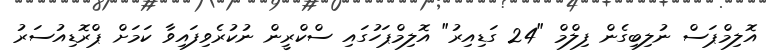
އޮލިމްޕަސް ނުލިބިގެން ފިލްމް "24 ގަޑިއިރު" އޮލިމްޕަހުގައި ސްކްރީން ނުކުރެވިފައިވާ ކަމަށް ޕްރޮޑިއުސަރު